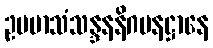
ဥပမာသံသန္ဒနနိဂမနဋ္ဌာနေ